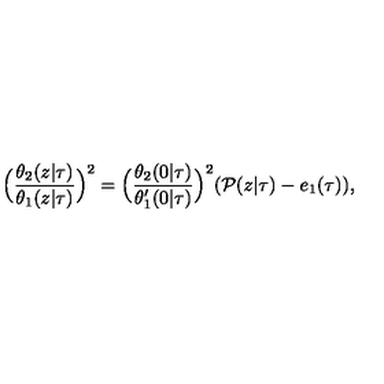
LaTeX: \Big ( \frac { \theta _ { 2 } ( z | \tau ) } { \theta _ { 1 } ( z | \tau ) } \Big ) ^ { 2 } = \Big ( \frac { \theta _ { 2 } ( 0 | \tau ) } { \theta _ { 1 } ^ { \prime } ( 0 | \tau ) } \Big ) ^ { 2 } ( { \cal P } ( z | \tau ) - e _ { 1 } ( \tau ) ) ,